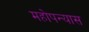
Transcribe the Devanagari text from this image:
महोपन्यास